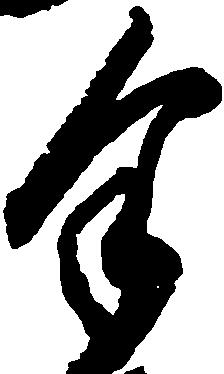
余